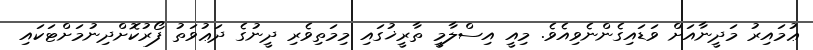
ޢުމައިރު މަދީނާއަށް ވަޑައިގެންނެވިއެވެ. މިއީ އިސްލާމީ ތާރީޚުގައި މިމަތިވެރި ދީނުގެ ދަޢުވަތު ފޯރުކޮށްދިނުމަށްޓަކައި